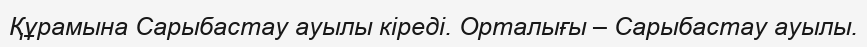
Құрамына Сарыбастау ауылы кіреді. Орталығы – Сарыбастау ауылы.